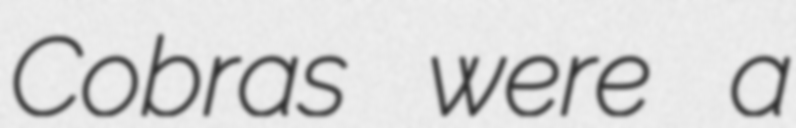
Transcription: Cobras were a